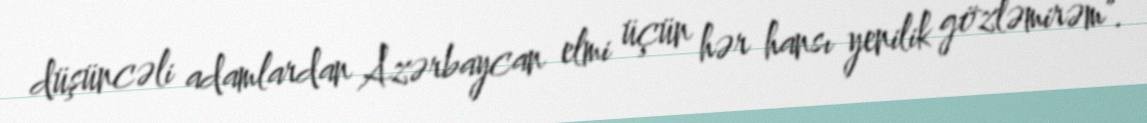
düşüncəli adamlardan Azərbaycan elmi üçün hər hansı yenilik gözləmirəm".